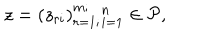
z = ( z _ { r i } ) _ { r = 1 ; } ^ { m ; } { } _ { i = 1 } ^ { n } \in { \cal P } ,